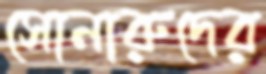
সোনারুদের